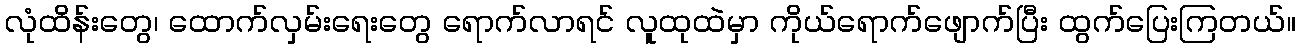
လုံထိန်းတွေ၊ ထောက်လှမ်းရေးတွေ ရောက်လာရင် လူထုထဲမှာ ကိုယ်ရောက်ဖျောက်ပြီး ထွက်ပြေးကြတယ်။